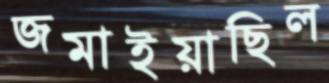
জমাইয়াছিল